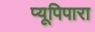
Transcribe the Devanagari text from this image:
प्यूपिपारा